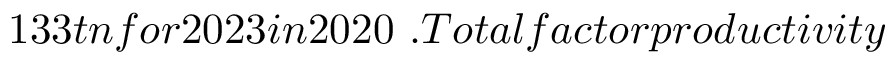
\ 1 3 3 t n f o r 2 0 2 3 i n 2 0 2 0 \ . T o t a l f a c t o r p r o d u c t i v i t y